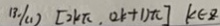
1 3 \cdot / ( 1 ) [ 2 k \pi , ( 2 k + 1 ) \pi ] k \in z